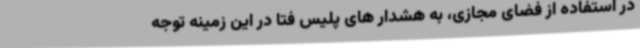
در استفاده از فضای مجازی، به هشدار های پلیس فتا در این زمینه توجه